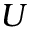
U